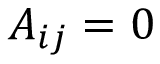
A _ { i j } = 0